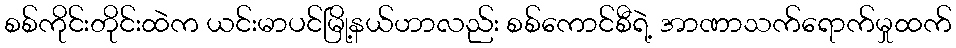
စစ်ကိုင်းတိုင်းထဲက ယင်းမာပင်မြို့နယ်ဟာလည်း စစ်ကောင်စီရဲ့ အာဏာသက်ရောက်မှုထက်